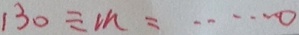
1 3 0 \div m = \cdots 0